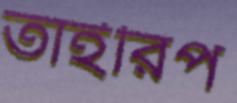
তাইরিপ